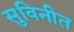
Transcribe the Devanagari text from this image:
सुविनीत